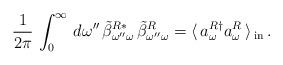
LaTeX: \begin{align*}\frac{1}{2\pi}\,\int_{0}^{\infty}\,d\omega''\,\tilde{\beta}_{\omega''\omega}^{R *}\,\tilde{\beta}_{\omega''\omega}^{R} = \langle\, a_{\omega}^{R \dag}a_{\omega}^{R}\, \rangle \,_{\rm{in}} \,.\end{align*}